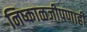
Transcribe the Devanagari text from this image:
निष्काळजीपणाही